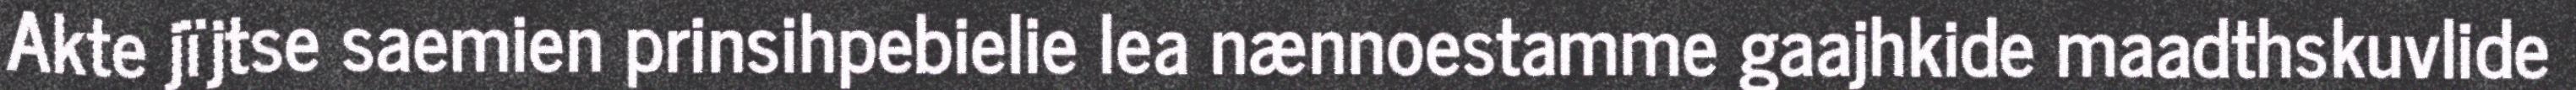
Akte jïjtse saemien prinsihpebielie lea nænnoestamme gaajhkide maadthskuvlide